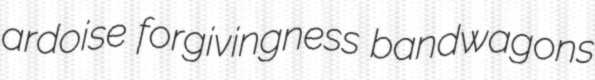
ardoise forgivingness bandwagons